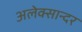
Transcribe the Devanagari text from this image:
अलेक्सान्दर